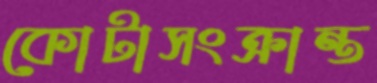
কোটাসংক্রান্ত